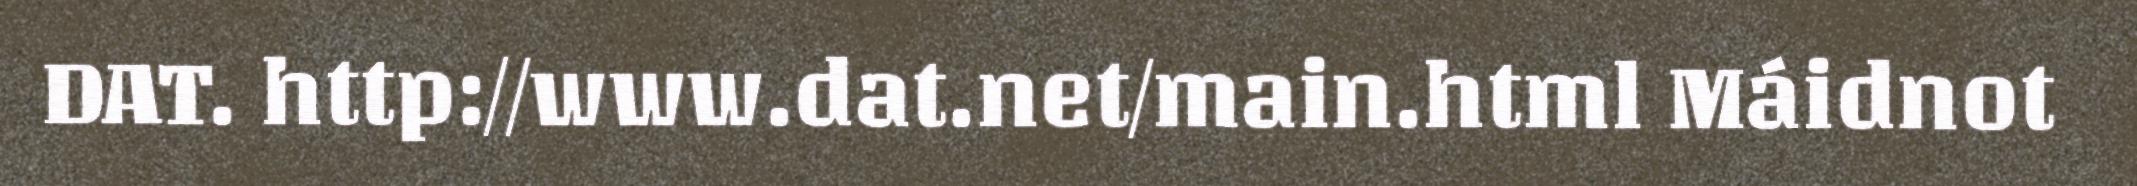
DAT. http://www.dat.net/main.html Máidnot